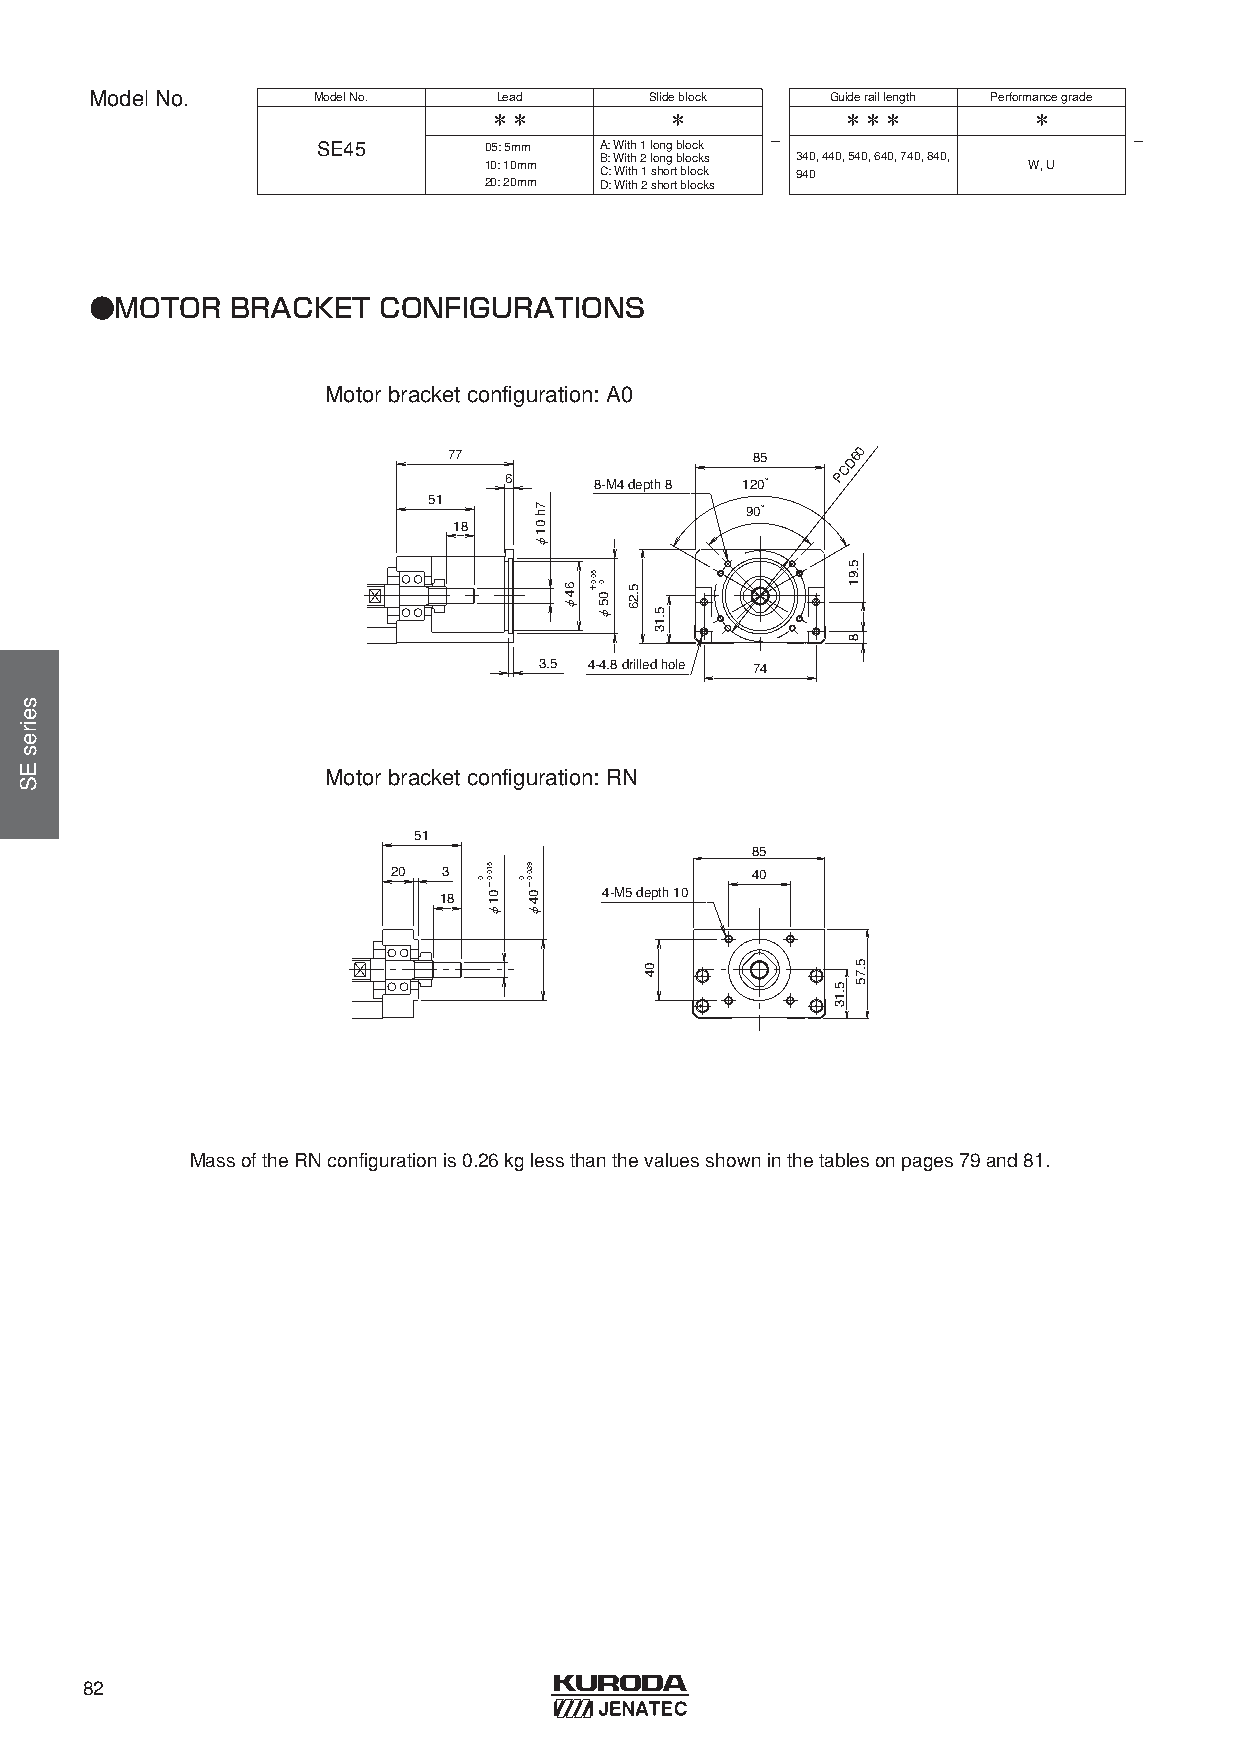
ModelNo.       ModelNo.    Lead      Slideblock  Guideraillength Performancegrade
 ＊＊          ＊           ＊＊＊         ＊
 -                       -
 SE45       05: 5mm A: With1 longblock
 B: With2 longblocks 340, 440, 540, 640, 740, 840,
 10: 10mm                            W, U
 C: With1 shortblock 940
 20: 20mm D: With2 shortblocks
 ●MOTOR   BRACKET   CONFIGURATIONS
 Motorbracketconfiguration: A0
 77                  85    D60
 C
 6     8-M4 depth 8 120° P
 51
 90°
 18
 3.5 4-4.8 drilled hole 74
 Motorbracketconfiguration: RN
 51
 85
 20 3                    40
 18         4-M5 depth 10
 MassoftheRNconfigurationis0.26 kglessthanthevaluesshowninthetablesonpages79 and81.
 82
 seiresES
 0
 510.0−01φ
 0
 930.0−04φ
 7h
 01φ
 64φ
 50.0＋
 0
 05φ
 5.26
 04
 5.13
 5.13
 5.91
 8
 5.75